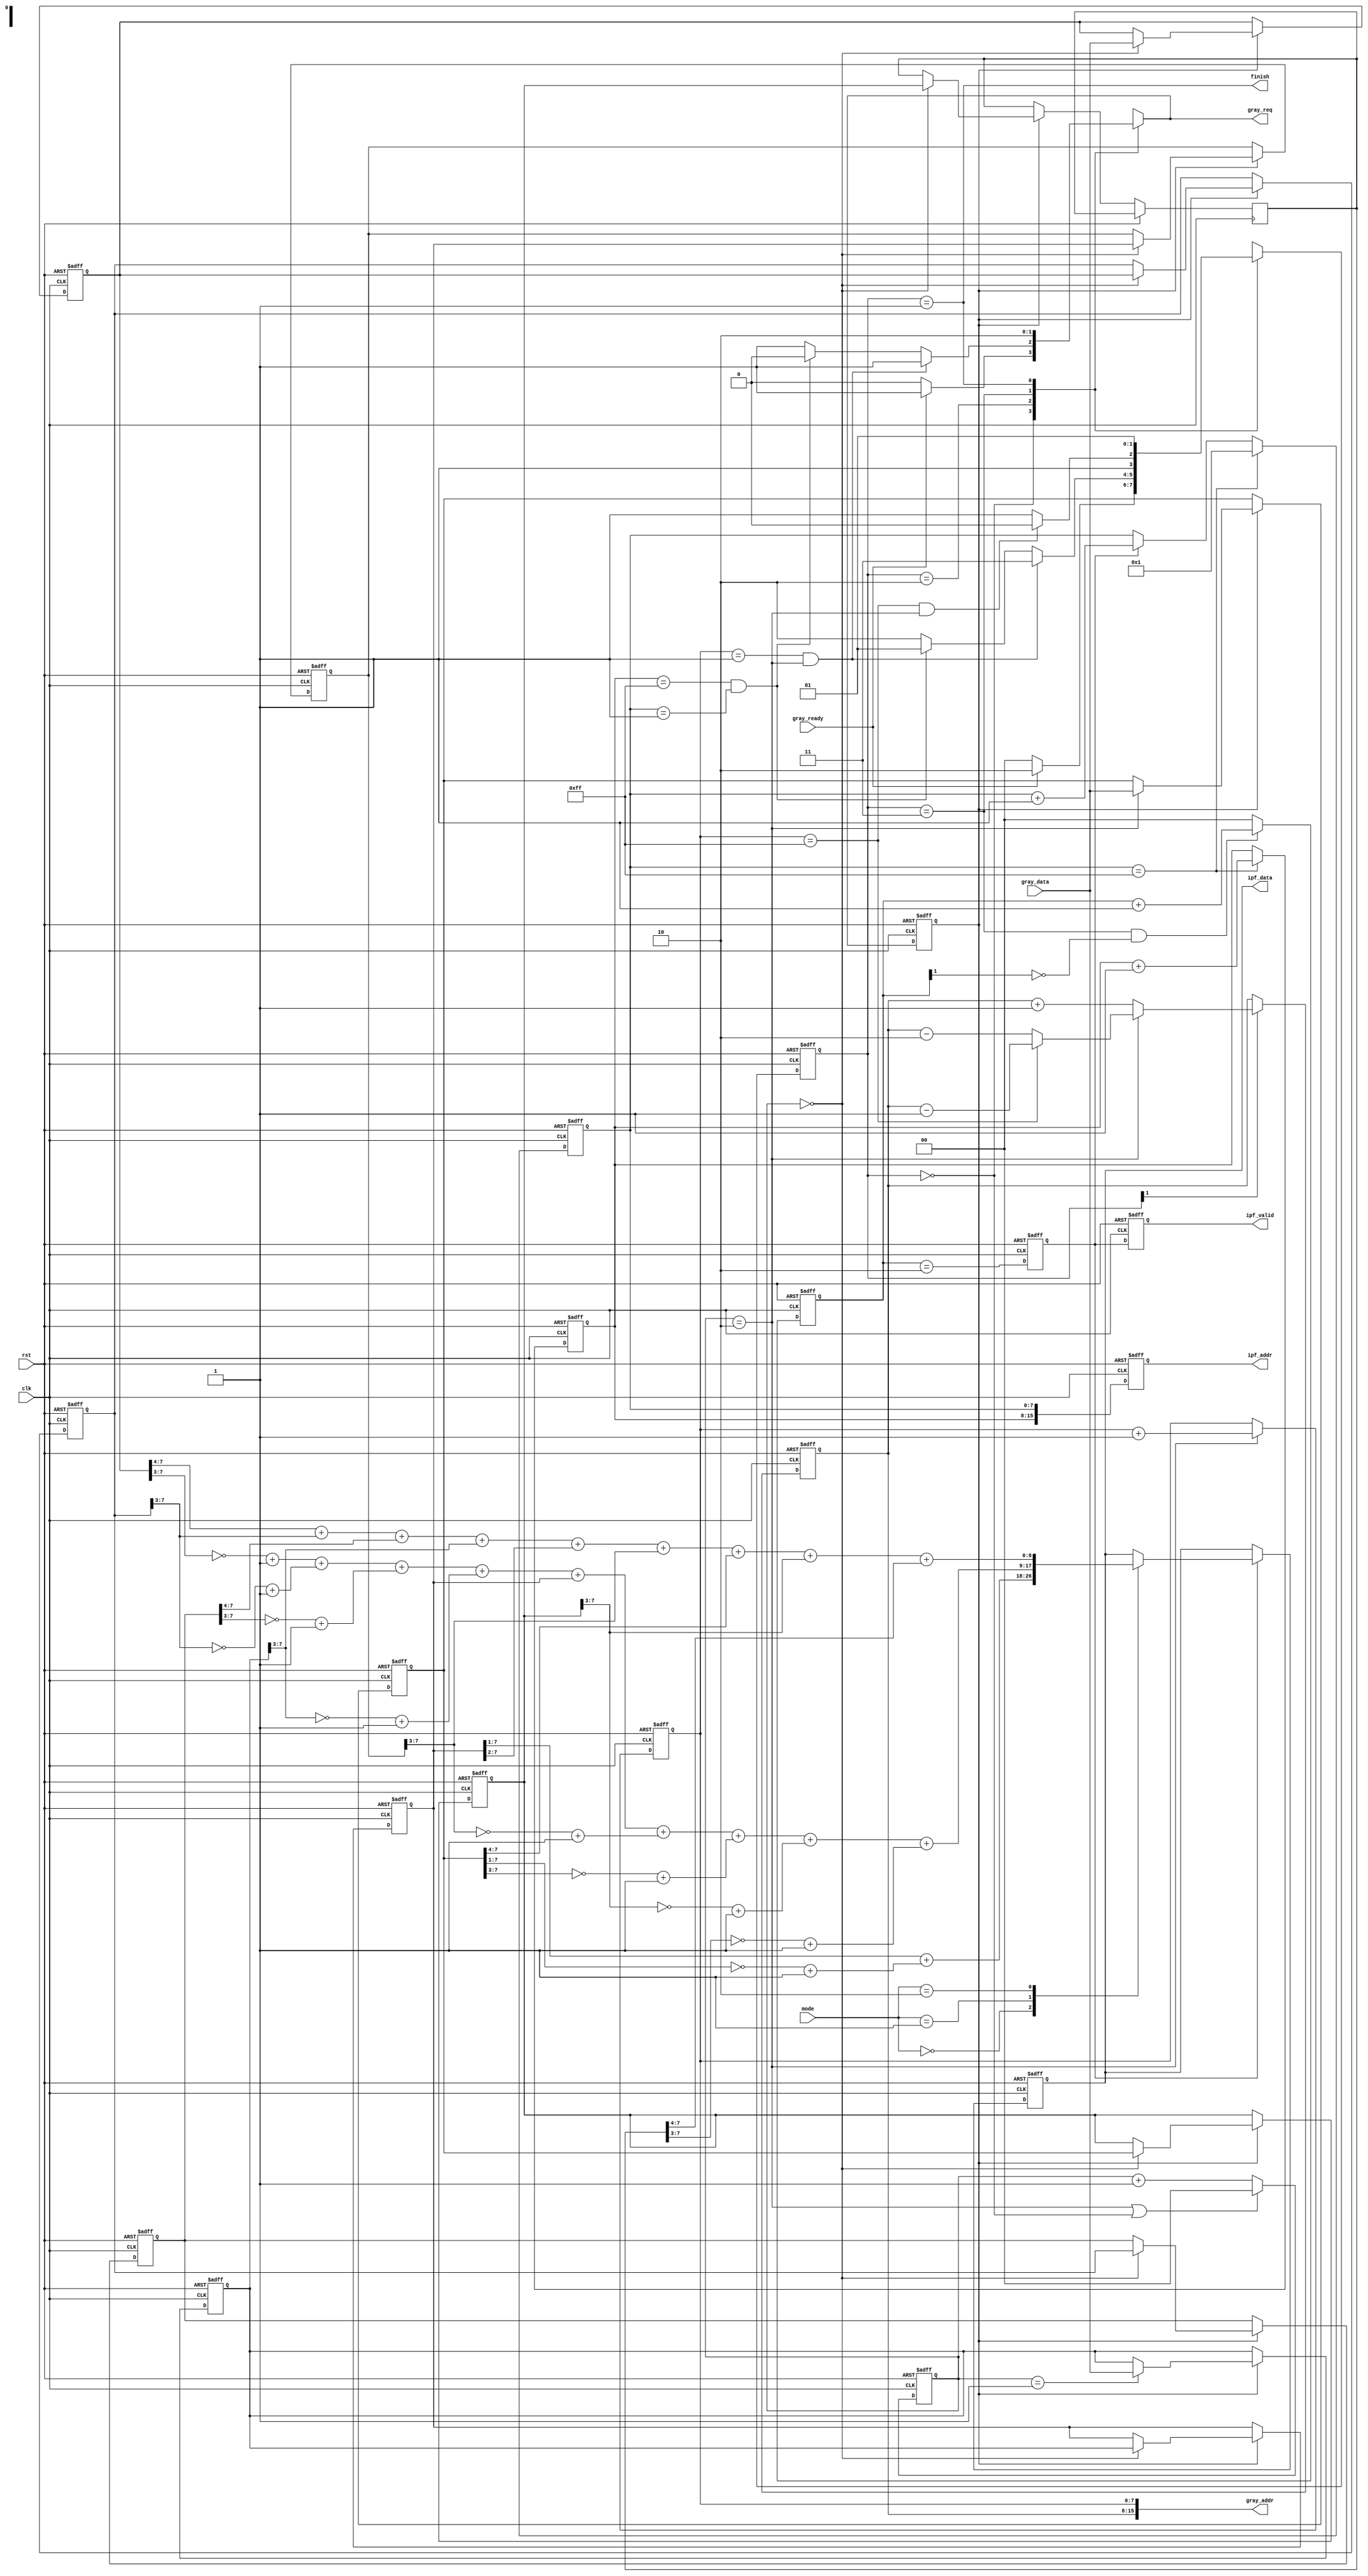
module IPF #(
	parameter In_Width   = 8, 
	parameter Out_Width  = 9,
	parameter Addr_Width = 16
)(

	input clk,
	input rst,

	input  [1:0] mode,

	input                       gray_ready,
	input      [In_Width-1  :0] gray_data,
	output reg [Addr_Width-1:0] gray_addr,
	output reg                  gray_req,
    
    output reg                  ipf_valid,
	output reg [Addr_Width-1:0] ipf_addr,
	output reg [Out_Width-1 :0] ipf_data,

	output finish

);
	parameter STATE_Width = 2;
	parameter IDLE    = 2'b00;
	parameter FINISH  = 2'b01;
	parameter WAIT    = 2'b10;
	parameter COMPUTE = 2'b11;
	
	parameter Addr_RC = Addr_Width/2; //Row, Col addr

	reg [STATE_Width-1:0] PS, NS;
    reg [1:0] W_cnt;

    reg [Addr_RC-1:0] RAddr_i, RAddr_j, WAddr_i, WAddr_j;
    reg [1:0] R_cnt;
    
    reg [In_Width-1:0] data [0:8];
    reg [Out_Width-1:0] O_val [0:2];
    
    wire start, restart, terminate;
	reg data_valid;
    reg ipf_valid_t; 
	integer idx;
	
	assign start = (RAddr_j == 8'd1) & (R_cnt==2'd2);
	assign restart = (RAddr_j == 8'd255) & (R_cnt == 2'd2);
	assign terminate = (WAddr_i == 8'd255) & (WAddr_j == 8'd1);
	assign finish = (PS==FINISH);
	
	/* FSM */
	always@(posedge clk or posedge rst)begin
		if(rst)begin
			PS<=IDLE;
		end else begin
			PS<=NS;
		end
	end
	
	always@(*)begin
		gray_req = 0;
		case(PS)
			IDLE:begin
				NS = IDLE;
				if(gray_ready)begin
					gray_req=1;
					NS = WAIT;
				end
			end
			WAIT:begin
				NS=WAIT;
				gray_req=1;
				if(start)begin
					NS=COMPUTE;
				end
				else if(terminate)begin
					NS=FINISH;
					gray_req=0;
				end
			end
			COMPUTE:begin
				NS=COMPUTE;
				gray_req=1;
				if(restart)begin
					NS=WAIT;
				end
			end
			FINISH:begin
				NS=FINISH;
			end
		endcase
	end
	
	/*READ DATA*/
	always@(*)begin
		gray_addr = {RAddr_i,RAddr_j};
	end
	
	always@(posedge clk or posedge rst)begin
		if(rst)begin
			R_cnt<=0;
		end
		else if(R_cnt==2'd2 | PS==IDLE)begin
			R_cnt<=0;
		end
		else begin
			R_cnt <= R_cnt+1;
		end
	end
	
	always@(posedge clk or posedge rst)begin
		if(rst)begin
			RAddr_i<=0;
		end
		else if(PS[1]==1)begin // WAIT or COMPUTE
			case(R_cnt)
				2'd2:begin
					RAddr_i<=RAddr_i-2;
					if(RAddr_j == {In_Width{1'b1}})begin //8'd255
						RAddr_i<=RAddr_i-1;
					end
				end
				default:begin
					RAddr_i<=RAddr_i+1;
				end
			endcase
		end
	end
	
	always@(posedge clk or posedge rst)begin
		if(rst)begin
			RAddr_j<=0;
		end
		else if(R_cnt==2'd2)begin
			RAddr_j<=RAddr_j+1; //RAddr_j: 8bits => 255+1=0!!
		end
	end
	
	/* store data & compute */
	always@(posedge clk or posedge rst)begin
		if(rst)begin
			data_valid<=0;
		end
		else begin
			data_valid <= gray_req;
		end
	end
	
	always@(posedge clk or posedge rst)begin
		if(rst)begin
			for(idx =0;idx<8;idx=idx+1)begin
				data[idx]<=0;
			end
		end
		else if (data_valid) begin
			case(R_cnt)
				2'd0:begin
					data[0]<=gray_data;
					
					data[3]<=data[0];
					data[4]<=data[1];
					data[5]<=data[2];
					
					data[6]<=data[3];
					data[7]<=data[4];
					data[8]<=data[5];
				end
				2'd1:begin
					data[1]<=gray_data;
				end
				2'd2:begin
					data[2]<=gray_data;
				end
			endcase
		end
	end
	
	always@(*)begin
		O_val[0] = (({1'b0, data[4]}>>1)) + (~({1'b0, data[2]}>>1)+1);

		O_val[1] = (~(data[0]>>3)+1) + (~(data[3]>>3)+1) + (~(data[6]>>3)+1) +
				   (~(data[1]>>3)+1) + ( (data[4]))      + (~(data[7]>>3)+1) +
				   (~(data[2]>>3)+1) + (~(data[5]>>3)+1) + (~(data[8]>>3)+1);

		O_val[2] = ({1'b0, data[0]}>>4) + ({1'b0, data[3]}>>3) + ({1'b0, data[6]}>>4)+
				   ({1'b0, data[1]}>>3) + ({1'b0, data[4]}>>2) + ({1'b0, data[7]}>>3)+
				   ({1'b0, data[2]}>>4) + ({1'b0, data[5]}>>3) + ({1'b0, data[8]}>>4);
	end
	
	/* write data */
	always@(posedge clk or posedge rst)begin
		if(rst)begin
			W_cnt<=0;
		end
		else if(PS==COMPUTE & W_cnt[1]==0)begin
			W_cnt<= W_cnt+1;
		end
		else begin
			W_cnt<=0;
		end
	end
	
	always@(posedge clk or posedge rst)begin
		if(rst)begin
			ipf_valid<=0;
			ipf_valid_t<=0;
		end
		else begin
			ipf_valid<=ipf_valid_t;
			ipf_valid_t<=(W_cnt==2);
		end
	end
	
	always@(posedge clk or posedge rst)begin
		if(rst)begin
			ipf_data<=0;
		end
		else if (ipf_valid_t)begin
			case(mode)
				2'd0:begin
					ipf_data<=O_val[0];
				end
				2'd1:begin
					ipf_data<=O_val[1];
				end
				2'd2:begin
					ipf_data<=O_val[2];
				end
			endcase
		end
	end	
	
	
	
	always@(posedge clk or posedge rst)begin
		if(rst)begin
			WAddr_i<=1;
		end
		else if(WAddr_j == 8'd255)begin
			WAddr_i<=WAddr_i+1;
		end
	end
	
	always@(posedge clk or posedge rst)begin
		if(rst)begin
			WAddr_j<=1;
		end
		else if(WAddr_j==8'd255)begin
			WAddr_j<=1;
		end
		else if(ipf_valid_t)begin
			WAddr_j<=WAddr_j+1;
		end
	end
	
	always@(posedge clk or posedge rst)begin
		if(rst)begin
			ipf_addr<=0;
		end
		else begin
			ipf_addr<={WAddr_i,WAddr_j};
		end
	end

endmodule